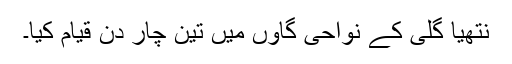
نتھیا گلی کے نواحی گاؤں میں تین چار دن قیام کیا۔